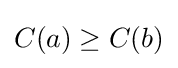
C(a)\geq C(b)